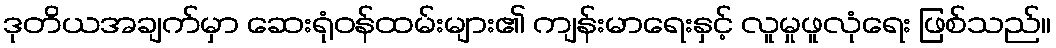
ဒုတိယအချက်မှာ ဆေးရုံဝန်ထမ်းများ၏ ကျန်းမာရေးနှင့် လူမှုဖူလုံရေး ဖြစ်သည်။